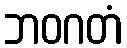
ဘဝဂတံ